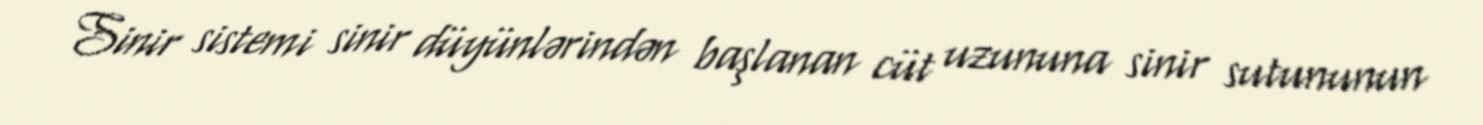
Sinir sistemi sinir düyünlərindən başlanan cüt uzununa sinir sutununun